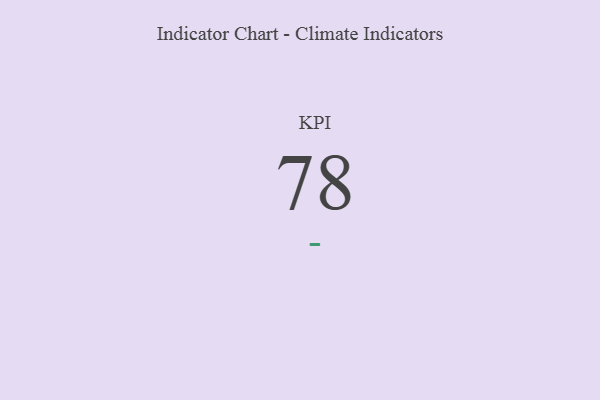
{"axis": {"x": "KPI", "y": "Value"}, "legend": [""], "data": [{"x": "KPI", "y": 78, "type": ""}]}